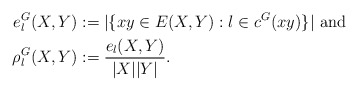
\begin{align*}e^G_{l}(X,Y) &:=|\{ xy \in E(X,Y): l\in c^G(xy)\}|\textnormal{ and }\\\rho^G_{l}(X,Y) &:= \frac{e_{l}(X,Y)}{|X||Y|}.\end{align*}